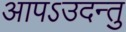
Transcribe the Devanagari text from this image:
आपऽउदन्तु